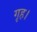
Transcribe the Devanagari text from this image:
गृह।